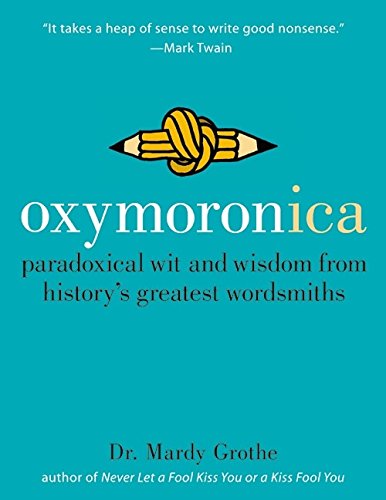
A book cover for Oxymoronica: Paradoxical Wit & Wisdom From History's Greatest Wordsmiths; Mardy Grothe; Science & Math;